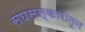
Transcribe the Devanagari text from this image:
संघसंस्कारातून